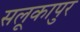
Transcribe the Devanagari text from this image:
सलूकापुर